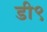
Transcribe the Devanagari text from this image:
डी९